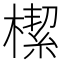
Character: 𣚃